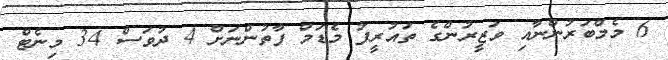
6 މެމްބަރުންނާއި ވަޒީރުންގެ ތައުރީފު މެޑަމް ފާތުންނަށް 4 ދުވަސް 34 މިނެޓް